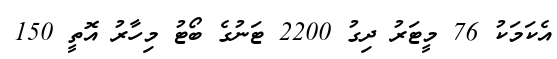
އެކަމަކު 76 މީޓަރު ދިގު 2200 ޓަނުގެ ބޯޓު މިހާރު އޮތީ 150